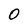
Character: 0